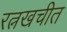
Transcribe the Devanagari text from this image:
रत्नखचीत